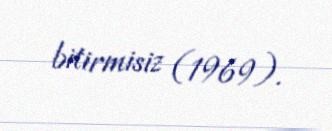
bitirmisiz (1969).